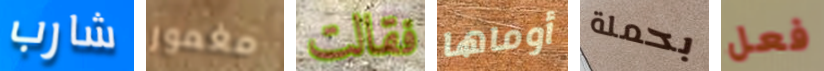
شارب مغمور فقالت أوماها بحملة فعل